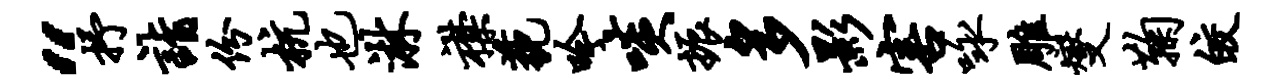
“抒诣份杭也淋襟藐吟啖振多影害咏雕燮鞠皎